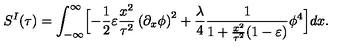
S ^ { I } ( \tau ) = \int _ { - \infty } ^ { \infty } \Bigl [ - { \frac { 1 } { 2 } } \varepsilon { \frac { x ^ { 2 } } { \tau ^ { 2 } } } \left( { \partial _ { x } \phi } \right) ^ { 2 } + { \frac { \lambda } { 4 } } { \frac { 1 } { 1 + { \frac { x ^ { 2 } } { \tau ^ { 2 } } } ( 1 - \varepsilon ) } } \phi ^ { 4 } \Bigr ] d x .